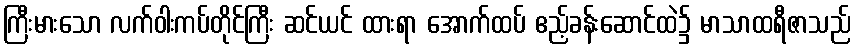
ကြီးမားသော လက်ဝါးကပ်တိုင်ကြီး ဆင်ယင် ထားရာ အောက်ထပ် ဧည့်ခန်းဆောင်ထဲ၌ မာသာထရီဇာသည်